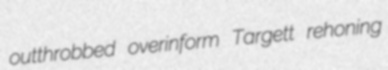
outthrobbed overinform Targett rehoning